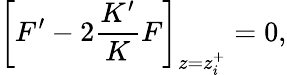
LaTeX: \bigg[F^{\prime}-2\frac{K^{\prime}}{K}F\bigg]_{z=z_{i}^{+}}=0,